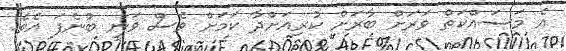
އެ މަސައްކަތް ވަރަށް ބާރަށް ކުރިއަށްދާ ކަމަށް ވެސް ވަނީ ބުނެފަ އެވެ.